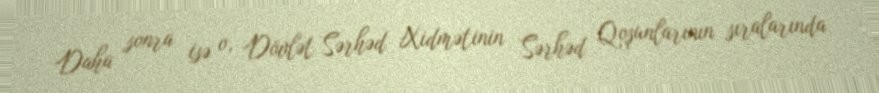
Daha sonra isə o, Dövlət Sərhəd Xidmətinin Sərhəd Qoşunlarının sıralarında